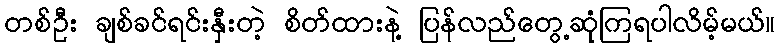
တစ်ဦး ချစ်ခင်ရင်းနှီးတဲ့ စိတ်ထားနဲ့ ပြန်လည်တွေ့ဆုံကြရပါလိမ့်မယ်။